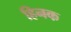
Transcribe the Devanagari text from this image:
हिनक